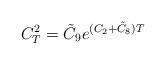
LaTeX: \begin{align*}C^2_T=\tilde C_9e^{(C_2+\tilde C_8) T}\end{align*}